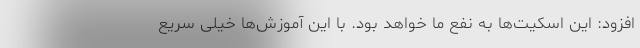
افزود: این اسکیت‌ها به نفع ما خواهد بود. با این آموزش‌ها خیلی سریع